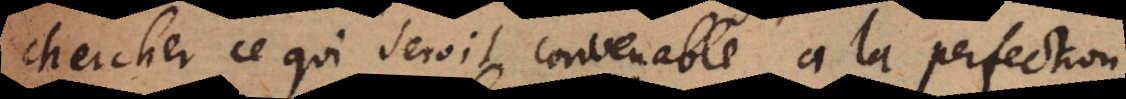
chercher ce qui seroit convenable à la perfection